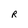
Character: R